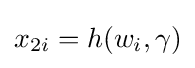
x_{2i}=h(w_{i},\gamma )